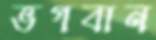
ভগবান